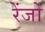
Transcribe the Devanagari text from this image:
रेंजों